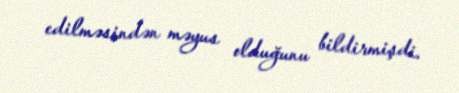
edilməsindən məyus olduğunu bildirmişdi.